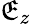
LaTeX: \mathfrak{E}_{z}